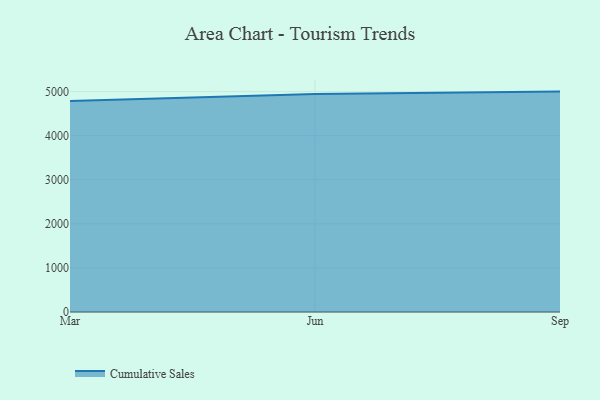
{"axis": {"x": "Month", "y": "Website Visitors"}, "legend": ["Cumulative Sales"], "data": [{"x": "Mar", "y": 4788.7, "type": "Cumulative Sales"}, {"x": "Jun", "y": 4946.1, "type": "Cumulative Sales"}, {"x": "Sep", "y": 5000, "type": "Cumulative Sales"}]}